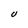
Character: U